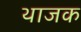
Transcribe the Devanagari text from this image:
थाजक